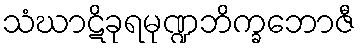
သံဃာဋိခုရမုဏ္ဍဘိက္ခဘောဇီ